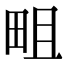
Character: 𤱌